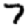
Digit: 7